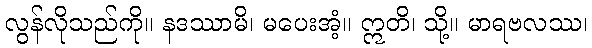
လွန်လိုသည်ကို။ နဒဿာမိ၊ မပေးအံ့။ ဣတိ၊ သို့။ မာရဗလဿ၊